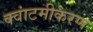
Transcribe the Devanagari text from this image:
क्वांटमीकरण